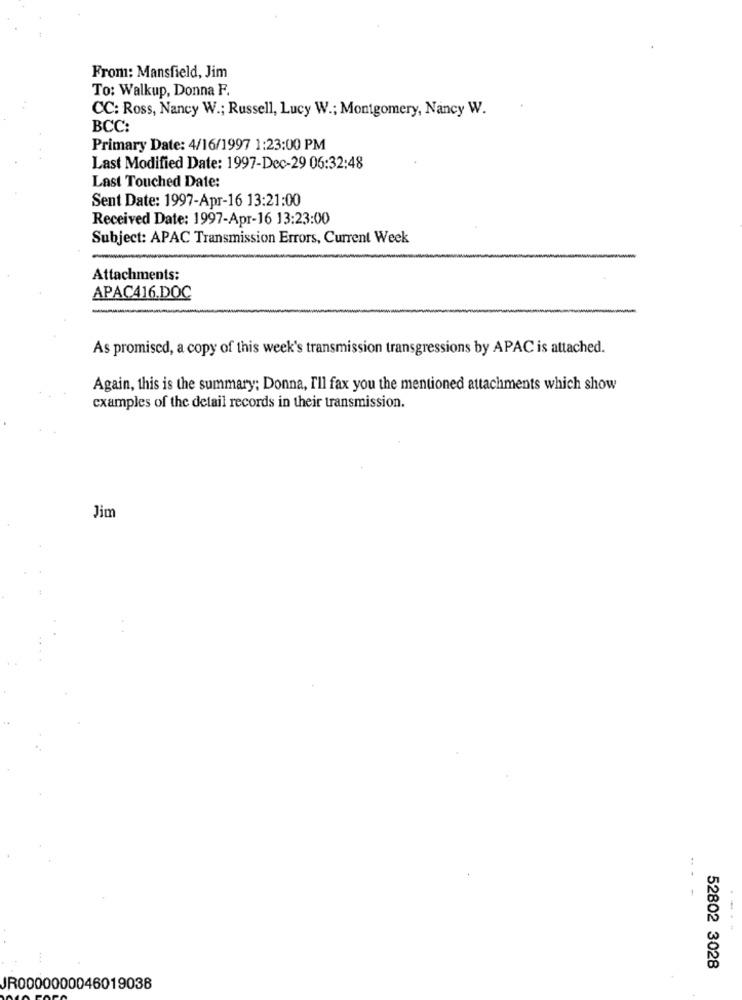
From: Mansfield, Jim
To: Walkup, Donna F.
CC: Ross, Nancy W .; Russell, Lucy W .; Montgomery, Nancy W.
BCC:
Primary Date: 4/16/1997 1:23:00 PM
Last Modified Date: 1997-Dec-29 06:32:48
Last Touched Date:
Sent Date: 1997-Apr-16 13:21:00
Received Date: 1997-Apr-16 13:23:00
Subject: APAC Transmission Errors, Current Week
Attachments:
APAC416.DOC
As promised, a copy of this week's transmission transgressions by APAC is attached.
Again, this is the summary; Donna, I'll fax you the mentioned attachments which show
examples of the detail records in their transmission.
Jim
52802 3028
JR0000000046019038